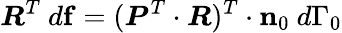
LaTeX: {\boldsymbol{R}}^{T}~d\mathbf{f}=({\boldsymbol{P}}^{T}\cdot{\boldsymbol{R}})^{T}\cdot\mathbf{n}_{0}~d\Gamma_{0}